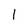
Character: 1